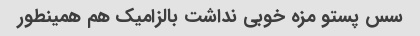
سس پستو مزه خوبی نداشت بالزامیک هم همینطور